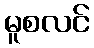
မူစလင်